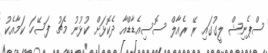
ސްޕެނިޝް ލީގުގައި ރޭ ރެއާލް ސޮސިއެޑާޑްއާ ދެކޮޅަށް ކުޅުނު މެޗު ފަސޭހަ ކަމާއެކު